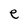
Character: e